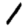
Digit: 1